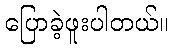
ပြောခဲ့ဖူးပါတယ်။